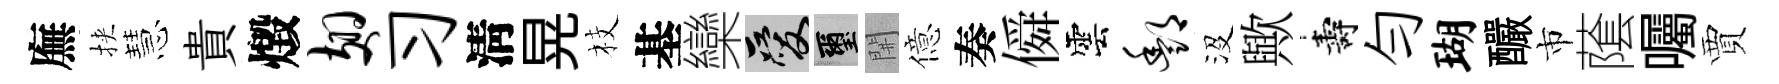
廡挾慧貴燬翅习淸晃枝基欒爱璽𨳩億奏僢雲酆沒歟壽勻瑚釅市䕃囑賈